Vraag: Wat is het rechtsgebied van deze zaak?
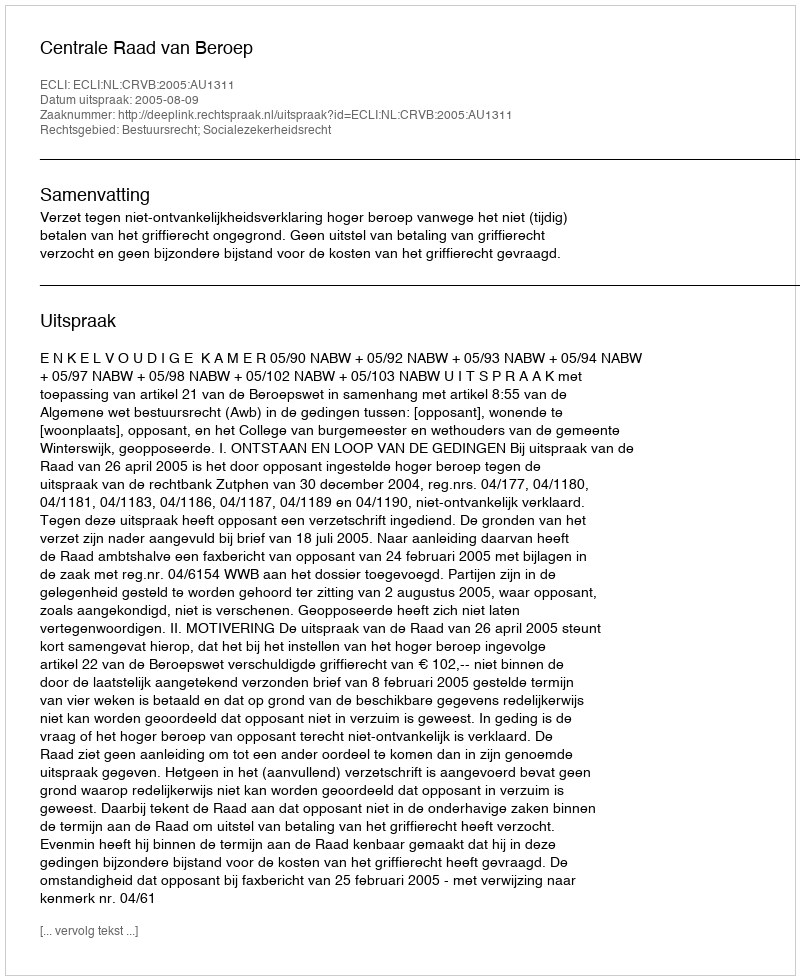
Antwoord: Bestuursrecht; Socialezekerheidsrecht